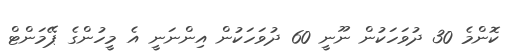
ކޮންމެ 30 ދުވަހަކުން ނޫނީ 60 ދުވަހަކުން އިންނަނީ އެ މީހުންގެ ޕޭމަންޓް